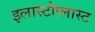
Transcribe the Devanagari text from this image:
इलास्टोप्लास्ट